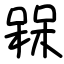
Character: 槑